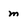
Character: m